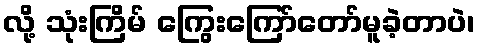
လို့ သုံးကြိမ် ကြွေးကြော်တော်မူခဲ့တာပဲ၊